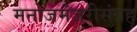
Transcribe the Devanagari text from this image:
मनोजमंजरीसंग्रह